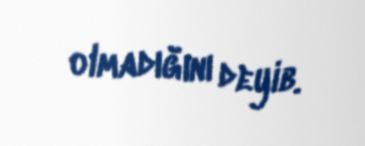
olmadığını deyib.